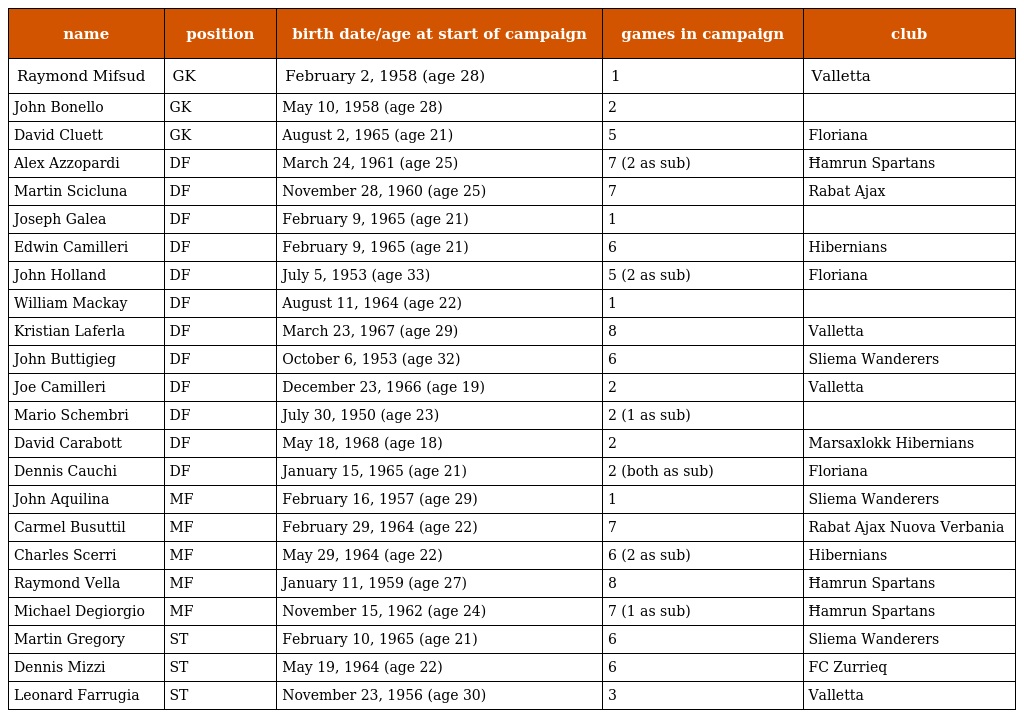
| name | position | birth date/age at start of campaign | games in campaign | club |
 | --- | --- | --- | --- | --- |
 | Raymond Mifsud | GK | February 2, 1958 (age 28) | 1 | Valletta |
 | John Bonello | GK | May 10, 1958 (age 28) | 2 |  |
 | David Cluett | GK | August 2, 1965 (age 21) | 5 | Floriana |
 | Alex Azzopardi | DF | March 24, 1961 (age 25) | 7 (2 as sub) | Ħamrun Spartans |
 | Martin Scicluna | DF | November 28, 1960 (age 25) | 7 | Rabat Ajax |
 | Joseph Galea | DF | February 9, 1965 (age 21) | 1 |  |
 | Edwin Camilleri | DF | February 9, 1965 (age 21) | 6 | Hibernians |
 | John Holland | DF | July 5, 1953 (age 33) | 5 (2 as sub) | Floriana |
 | William Mackay | DF | August 11, 1964 (age 22) | 1 |  |
 | Kristian Laferla | DF | March 23, 1967 (age 29) | 8 | Valletta |
 | John Buttigieg | DF | October 6, 1953 (age 32) | 6 | Sliema Wanderers |
 | Joe Camilleri | DF | December 23, 1966 (age 19) | 2 | Valletta |
 | Mario Schembri | DF | July 30, 1950 (age 23) | 2 (1 as sub) |  |
 | David Carabott | DF | May 18, 1968 (age 18) | 2 | Marsaxlokk Hibernians |
 | Dennis Cauchi | DF | January 15, 1965 (age 21) | 2 (both as sub) | Floriana |
 | John Aquilina | MF | February 16, 1957 (age 29) | 1 | Sliema Wanderers |
 | Carmel Busuttil | MF | February 29, 1964 (age 22) | 7 | Rabat Ajax Nuova Verbania |
 | Charles Scerri | MF | May 29, 1964 (age 22) | 6 (2 as sub) | Hibernians |
 | Raymond Vella | MF | January 11, 1959 (age 27) | 8 | Ħamrun Spartans |
 | Michael Degiorgio | MF | November 15, 1962 (age 24) | 7 (1 as sub) | Ħamrun Spartans |
 | Martin Gregory | ST | February 10, 1965 (age 21) | 6 | Sliema Wanderers |
 | Dennis Mizzi | ST | May 19, 1964 (age 22) | 6 | FC Zurrieq |
 | Leonard Farrugia | ST | November 23, 1956 (age 30) | 3 | Valletta |